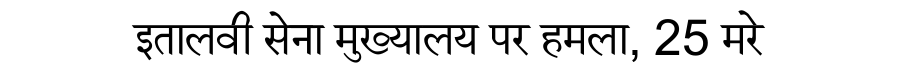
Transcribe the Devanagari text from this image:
इतालवी सेना मुख्यालय पर हमला, 25 मरे